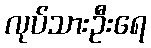
လုပ်သားဦးရေ